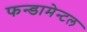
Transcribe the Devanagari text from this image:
फन्डामेन्टल